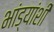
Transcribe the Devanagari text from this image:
भांड्यांशी